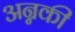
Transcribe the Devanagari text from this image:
अन्नकी